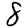
Digit: 8